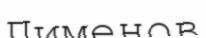
Пименов